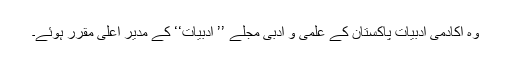
وہ اکادمی ادبیات پاکستان کے علمی و ادبی مجلے ’’ ادبیات‘‘ کے مدیر اعلیٰ مقرر ہوئے۔